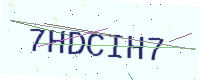
Text: 7HDCIH7